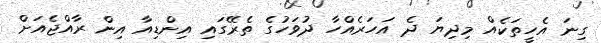
ގިނަ އެހީތަކެއް މިދިޔަ ދެ އަހަރެއްހާ ދުވަހުގެ ތެރޭގައި އިންޑިއާ އިން ރާއްޖެއަށް